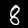
Digit: 8